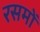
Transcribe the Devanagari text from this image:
रसमों